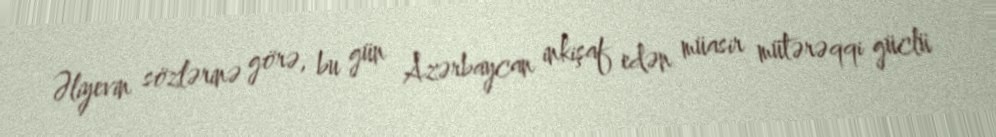
Əliyevin sözlərinə görə, bu gün Azərbaycan inkişaf edən müasir mütərəqqi güclü